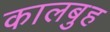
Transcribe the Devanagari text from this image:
कालबुह